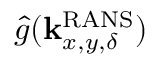
\hat { g } ( \mathbf { k } _ { x , y , \delta } ^ { \mathrm { R A N S } } )